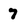
Character: 7